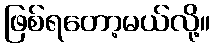
ဖြစ်ရတော့မယ်လို့။